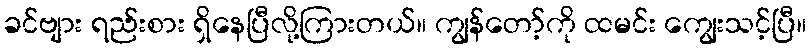
ခင်ဗျား ရည်းစား ရှိနေပြီလို့ကြားတယ်။ ကျွန်တော့်ကို ထမင်း ကျွေးသင့်ပြီ။